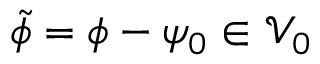
\tilde { \phi } = \phi - \psi _ { 0 } \in \mathcal { V } _ { 0 }